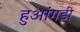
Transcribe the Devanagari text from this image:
हुआंगडी